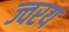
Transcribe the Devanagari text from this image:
ज्वरय